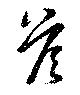
荅